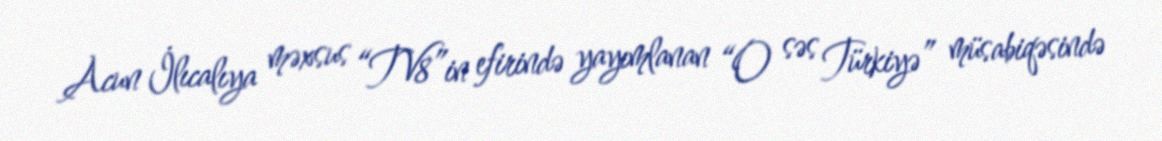
Acun İlıcalıya məxsus “TV8”in efirində yayımlanan “O səs Türkiyə” müsabiqəsində